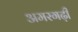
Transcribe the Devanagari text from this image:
अमरगढ़ी